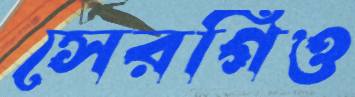
সেরগিও